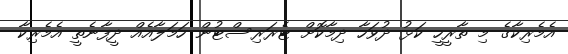
އެމެރިކާގެ މި ތާރީހީ ކަޅު ދުވަހާ ދިމާކޮށް ޓެރަރިސްޓުން ހަމަލާއެއް ދީފާނެތީ އެމެރިކާ